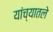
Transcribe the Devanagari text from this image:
यांच्यातले